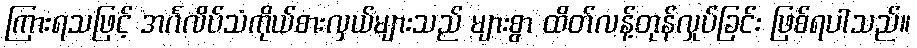
ကြားရသဖြင့် အင်္ဂလိပ်သံကိုယ်စားလှယ်များသည် များစွာ ထိတ်လန့်တုန်လှုပ်ခြင်း ဖြစ်ရပါသည်။